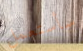
سأستعمل